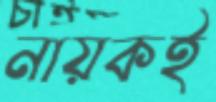
নায়কই